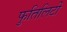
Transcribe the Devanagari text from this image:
फुतिलिटी